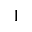
^ { 1 }